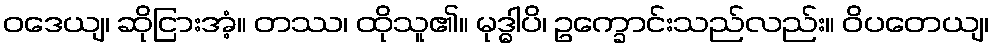
ဝဒေယျ၊ ဆိုငြားအံ့။ တဿ၊ ထိုသူ၏။ မုဒ္ဓါပိ၊ ဥက္ခောင်းသည်လည်း။ ဝိပတေယျ၊